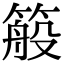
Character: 䈲